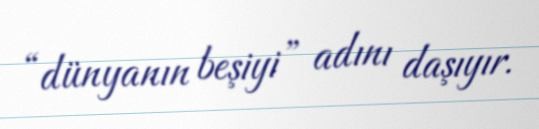
“dünyanın beşiyi” adını daşıyır.